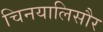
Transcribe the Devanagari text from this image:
चिनयालिसौर